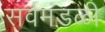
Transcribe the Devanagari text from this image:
सर्वमंडळी